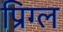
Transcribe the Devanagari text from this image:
प्रिग्ल